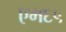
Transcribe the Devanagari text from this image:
एम६५